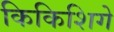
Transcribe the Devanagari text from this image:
किकिशिगे